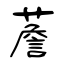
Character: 薝